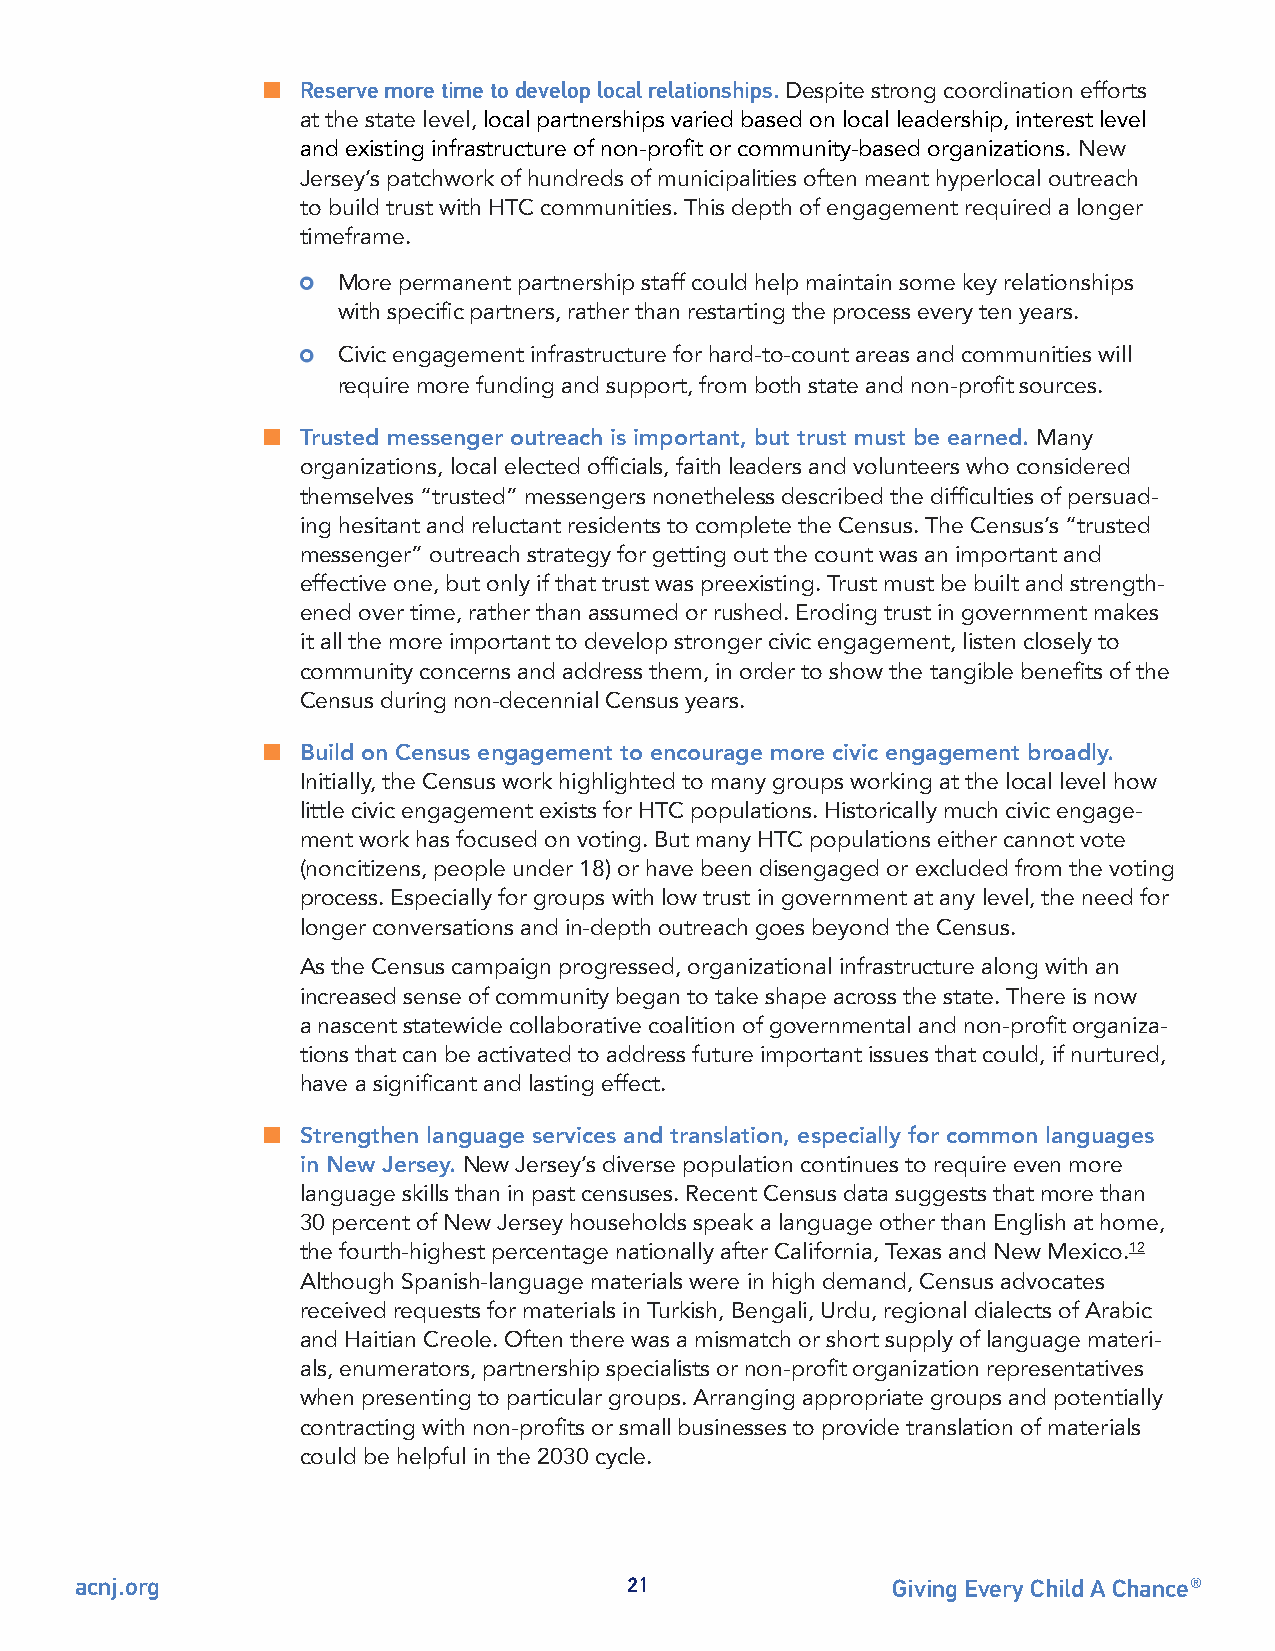
n  Reserve more time to develop local relationships. Despite strong coordination efforts
 at the state level, local partnerships varied based on local leadership, interest level
 and existing infrastructure of non-profit or community-based organizations. New
 Jersey’s patchwork of hundreds of municipalities often meant hyperlocal outreach
 to build trust with HTC communities. This depth of engagement required a longer
 timeframe.
 More permanent partnership staff could help maintain some key relationships
 with specific partners, rather than restarting the process every ten years.
 Civic engagement infrastructure for hard-to-count areas and communities will
 require more funding and support, from both state and non-profit sources.
 n  Trusted messenger outreach is important, but trust must be earned. Many
 organizations, local elected officials, faith leaders and volunteers who considered
 themselves “trusted” messengers nonetheless described the difficulties of persuad-
 ing hesitant and reluctant residents to complete the Census. The Census’s “trusted
 messenger” outreach strategy for getting out the count was an important and
 effective one, but only if that trust was preexisting. Trust must be built and strength-
 ened over time, rather than assumed or rushed. Eroding trust in government makes
 it all the more important to develop stronger civic engagement, listen closely to
 community concerns and address them, in order to show the tangible benefits of the
 Census during non-decennial Census years.
 n  Build on Census engagement to encourage more civic engagement broadly.
 Initially, the Census work highlighted to many groups working at the local level how
 little civic engagement exists for HTC populations. Historically much civic engage-
 ment work has focused on voting. But many HTC populations either cannot vote
 (noncitizens, people under 18) or have been disengaged or excluded from the voting
 process. Especially for groups with low trust in government at any level, the need for
 longer conversations and in-depth outreach goes beyond the Census.
 As the Census campaign progressed, organizational infrastructure along with an
 increased sense of community began to take shape across the state. There is now
 a nascent statewide collaborative coalition of governmental and non-profit organiza-
 tions that can be activated to address future important issues that could, if nurtured,
 have a significant and lasting effect.
 n  Strengthen language services and translation, especially for common languages
 in New Jersey. New Jersey’s diverse population continues to require even more
 language skills than in past censuses. Recent Census data suggests that more than
 30 percent of New Jersey households speak a language other than English at home,
 the fourth-highest percentage nationally after California, Texas and New Mexico.12
 Although Spanish-language materials were in high demand, Census advocates
 received requests for materials in Turkish, Bengali, Urdu, regional dialects of Arabic
 and Haitian Creole. Often there was a mismatch or short supply of language materi-
 als, enumerators, partnership specialists or non-profit organization representatives
 when presenting to particular groups. Arranging appropriate groups and potentially
 contracting with non-profits or small businesses to provide translation of materials
 could be helpful in the 2030 cycle.
 acnj.org                            21                Giving Every Child A Chance®